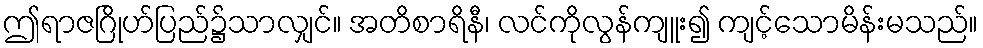
ဤရာဇဂြိုဟ်ပြည်၌သာလျှင်။ အတိစာရိနီ၊ လင်ကိုလွန်ကျူး၍ ကျင့်သောမိန်းမသည်။